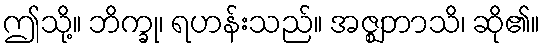
ဤသို့။ ဘိက္ခု၊ ရဟန်းသည်။ အဇ္ဈဘာသိ၊ ဆို၏။